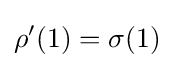
\rho '(1)=\sigma (1)